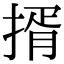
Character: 揟